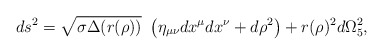
\begin{align*}ds^2=\sqrt{\sigma\Delta(r(\rho))}~\left(\eta_{\mu\nu}dx^\mu dx^\nu +d\rho^2\right)+r(\rho)^2 d\Omega_5^2 ,\end{align*}